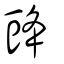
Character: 䜶